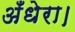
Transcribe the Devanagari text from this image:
अँधेरा।